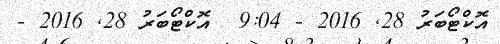
އޮކްޓޯބަރު 28